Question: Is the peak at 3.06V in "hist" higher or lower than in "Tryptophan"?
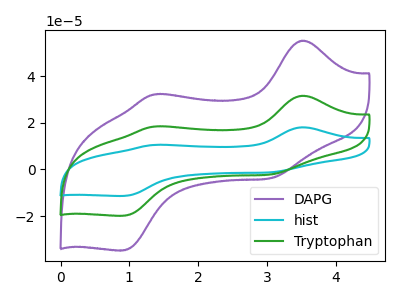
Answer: <think>The purple curve "DAPG" has anodic peaks at (3.50V, 55.10uA) (1.35V, 32.15uA) and cathodic peaks at (3.05V, -3.70uA) (0.90V, -34.65uA). The cyan curve "hist" has anodic peaks at (3.50V, 63.05uA) (1.35V, 36.80uA) and cathodic peaks at (3.05V, -4.25uA) (0.90V, -39.65uA). The green curve "Tryptophan" has anodic peaks at (3.50V, 31.55uA) (1.35V, 18.40uA) and cathodic peaks at (3.05V, -2.15uA) (0.90V, -19.80uA).</think>
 <answer>The peak at 3.06V is higher in "hist" than in "Tryptophan".</answer>
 <eval>higher</eval>